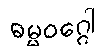
ဓမ္မဝဂ္ဂေါ